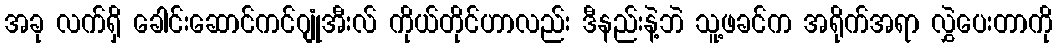
အခု လက်ရှိ ခေါင်းဆောင်ကင်ဂျုံအီးလ် ကိုယ်တိုင်ဟာလည်း ဒီနည်းနဲ့ဘဲ သူ့ဖခင်က အရိုက်အရာ လွှဲပေးတာကို